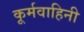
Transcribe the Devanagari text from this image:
कूर्मवाहिनी